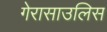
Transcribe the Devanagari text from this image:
गेरासाउलिस